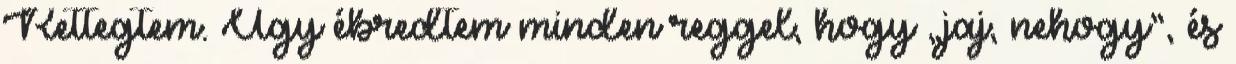
Rettegtem. Úgy ébredtem minden reggel, hogy „jaj, nehogy”, és